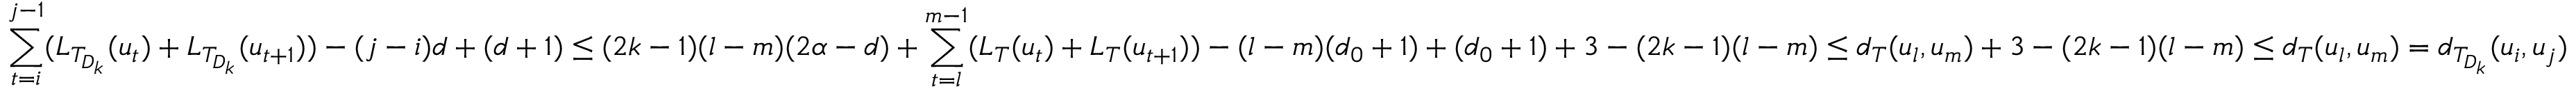
\sum _ { t = i } ^ { j - 1 } ( L _ { T _ { D _ { k } } } ( u _ { t } ) + L _ { T _ { D _ { k } } } ( u _ { t + 1 } ) ) - ( j - i ) d + ( d + 1 ) \leq ( 2 k - 1 ) ( l - m ) ( 2 \alpha - d ) + \sum _ { t = l } ^ { m - 1 } ( L _ { T } ( u _ { t } ) + L _ { T } ( u _ { t + 1 } ) ) - ( l - m ) ( d _ { 0 } + 1 ) + ( d _ { 0 } + 1 ) + 3 - ( 2 k - 1 ) ( l - m ) \leq d _ { T } ( u _ { l } , u _ { m } ) + 3 - ( 2 k - 1 ) ( l - m ) \leq d _ { T } ( u _ { l } , u _ { m } ) = d _ { T _ { D _ { k } } } ( u _ { i } , u _ { j } )